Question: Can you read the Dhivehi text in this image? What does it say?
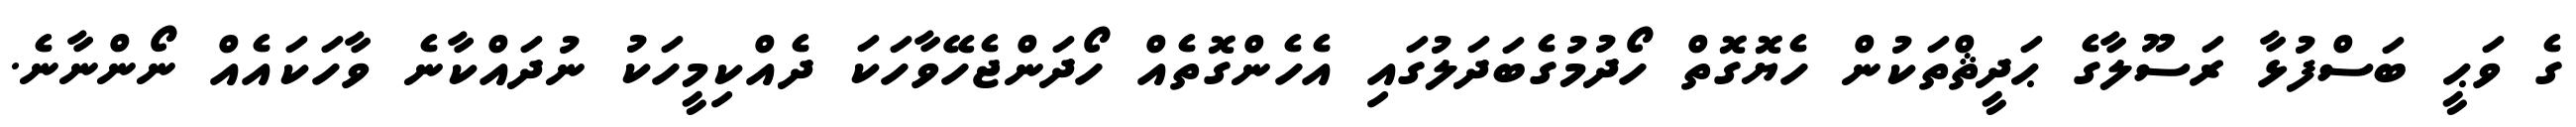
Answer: ގެ ވަޙީ ބަސްފުޅާ ރަސޫލާގެ ޙަދީޘްތަކުން ހެޔޮގޮތް ހޯދުމުގެބަދަލުގައި އެހެންގޮތެއް ހޯދަންޖެހޭވާހަކަ ދެއްކިމީހަކު ނުދައްކާނެ ވާހަކައެއް ނޯންނާނެ.